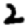
Digit: 2